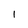
Character: 1